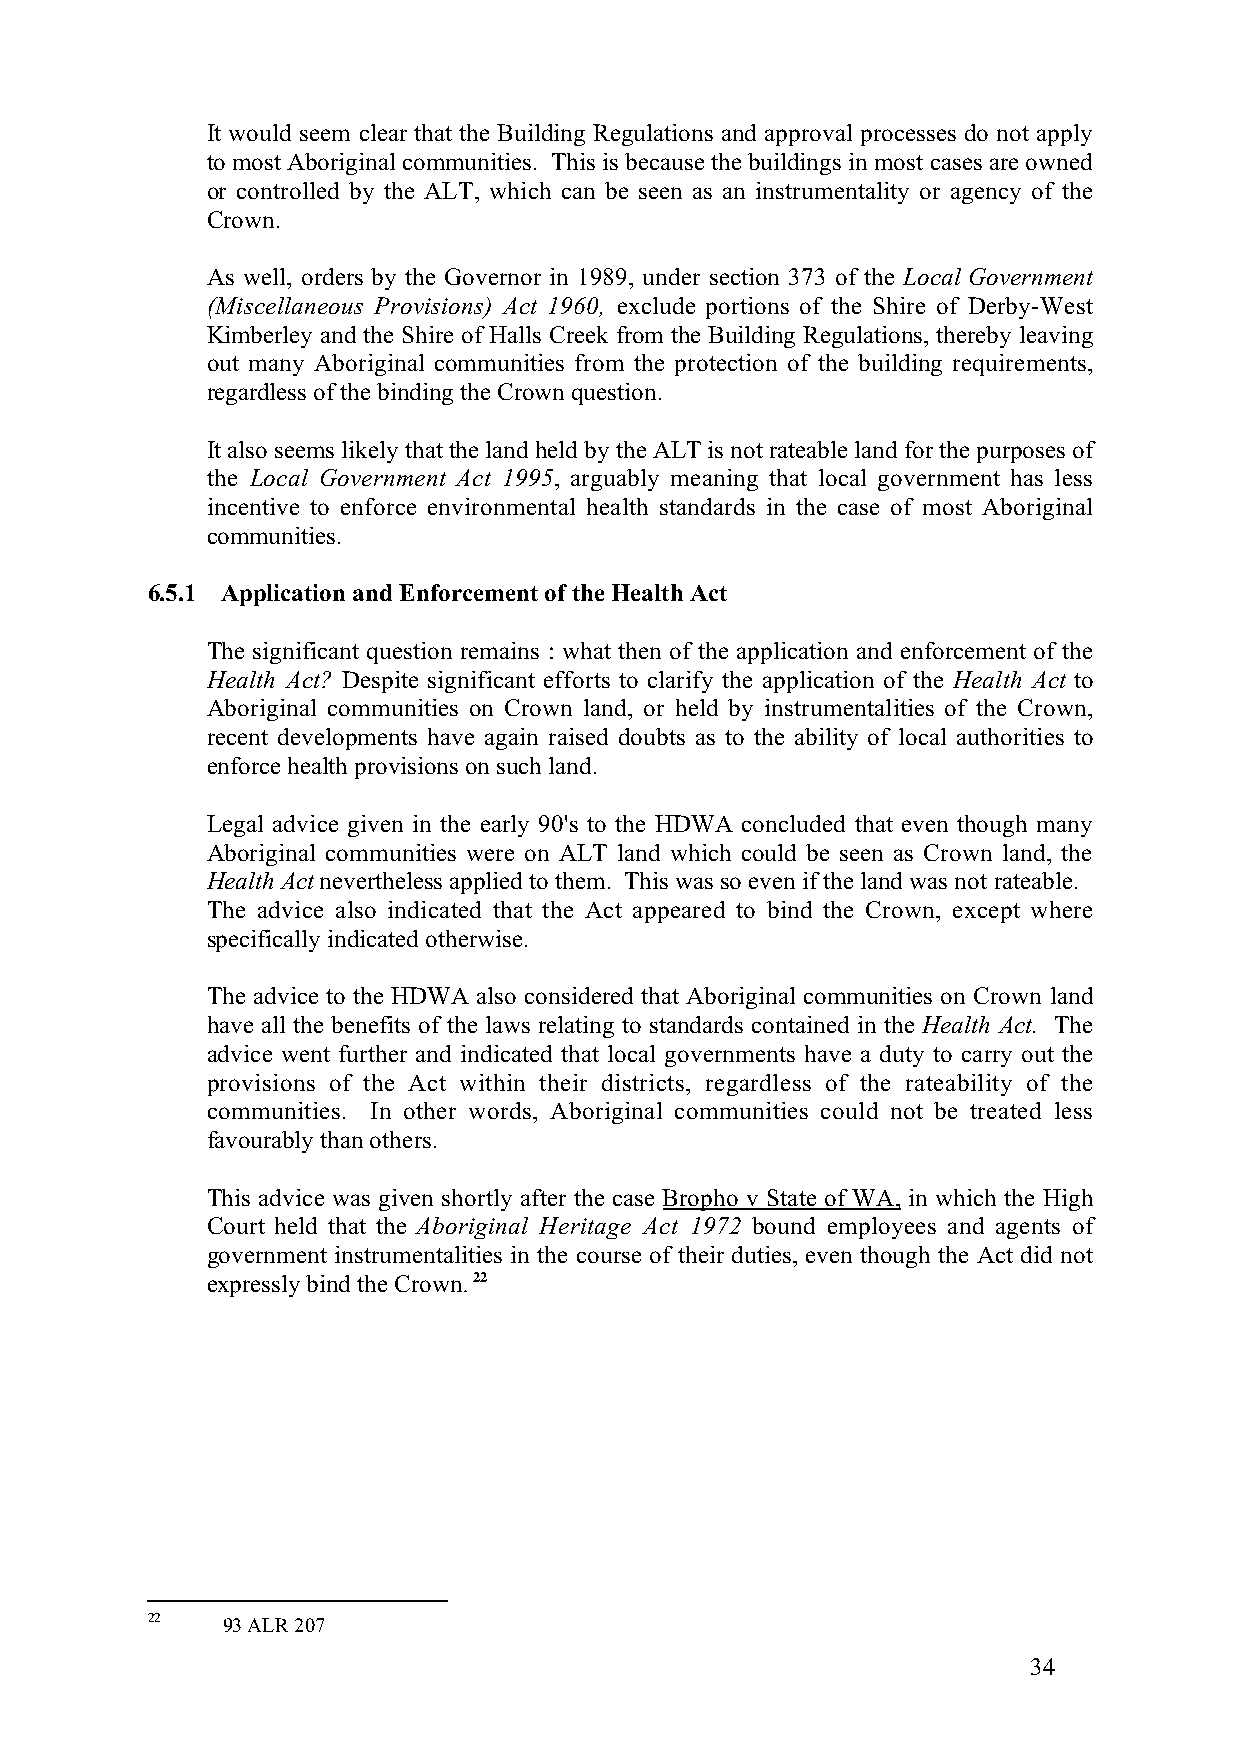
It would seem clear that the Building Regulations and approval processes do not apply
 to most Aboriginal communities. This is because the buildings in most cases are owned
 or controlled by the ALT, which can be seen as an instrumentality or agency of the
 Crown.
 As well, orders by the Governor in 1989, under section 373 of the Local Government
 (Miscellaneous Provisions) Act 1960, exclude portions of the Shire of Derby-West
 Kimberley and the Shire of Halls Creek from the Building Regulations, thereby leaving
 out many Aboriginal communities from the protection of the building requirements,
 regardless of the binding the Crown question.
 It also seems likely that the land held by the ALT is not rateable land for the purposes of
 the Local Government Act 1995, arguably meaning that local government has less
 incentive to enforce environmental health standards in the case of most Aboriginal
 communities.
 6.5.1 Application and Enforcement of the Health Act
 The significant question remains : what then of the application and enforcement of the
 Health Act? Despite significant efforts to clarify the application of the Health Act to
 Aboriginal communities on Crown land, or held by instrumentalities of the Crown,
 recent developments have again raised doubts as to the ability of local authorities to
 enforce health provisions on such land.
 Legal advice given in the early 90's to the HDWA concluded that even though many
 Aboriginal communities were on ALT land which could be seen as Crown land, the
 Health Act nevertheless applied to them. This was so even if the land was not rateable.
 The advice also indicated that the Act appeared to bind the Crown, except where
 specifically indicated otherwise.
 The advice to the HDWA also considered that Aboriginal communities on Crown land
 have all the benefits of the laws relating to standards contained in the Health Act. The
 advice went further and indicated that local governments have a duty to carry out the
 provisions of the Act within their districts, regardless of the rateability of the
 communities. In other words, Aboriginal communities could not be treated less
 favourably than others.
 This advice was given shortly after the case Bropho v State of WA, in which the High
 Court held that the Aboriginal Heritage Act 1972 bound employees and agents of
 government instrumentalities in the course of their duties, even though the Act did not
 expressly bind the Crown. 22
 22   93 ALR 207
 34